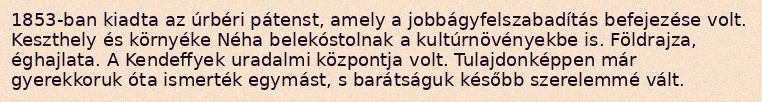
1853-ban kiadta az úrbéri pátenst, amely a jobbágyfelszabadítás befejezése volt. Keszthely és környéke Néha belekóstolnak a kultúrnövényekbe is. Földrajza, éghajlata. A Kendeffyek uradalmi központja volt. Tulajdonképpen már gyerekkoruk óta ismerték egymást, s barátságuk később szerelemmé vált.